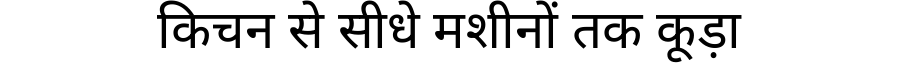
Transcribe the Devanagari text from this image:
किचन से सीधे मशीनों तक कूड़ा